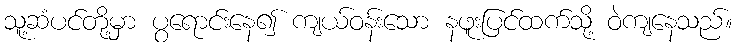
သူ့ဆံပင်တို့မှာ ပွရောင်းနေ၍ ကျယ်ဝန်းသော နဖူးပြင်ထက်သို့ ဝဲကျနေသည်။